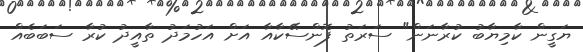
ޔަގީން ކާމިޔާބު ކުރާނަން" ސަރަތު ފޮންސޭކާއާ އަށް އަހުމަދު ތާއީދު ކުރާ ސަބަބެއް